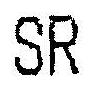
SR